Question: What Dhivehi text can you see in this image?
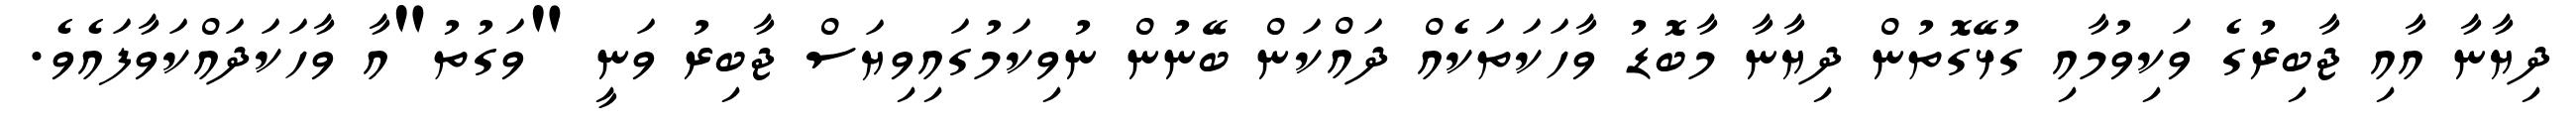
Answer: ދިޔާނާ އާއި ޖާބިރުގެ ވަކިވުމާއި ގުޅޭގޮތުން ދިޔާނާ މާބޮޑު ވާހަކަތަކެއް ދައްކަން ބޭނުން ނުވިކަމުގައިވިޔަސް ޖާބިރު ވަނީ "ވަގުތު"އާ ވާހަކަދައްކަވާފައެވެ.